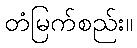
တံမြက်စည်း။